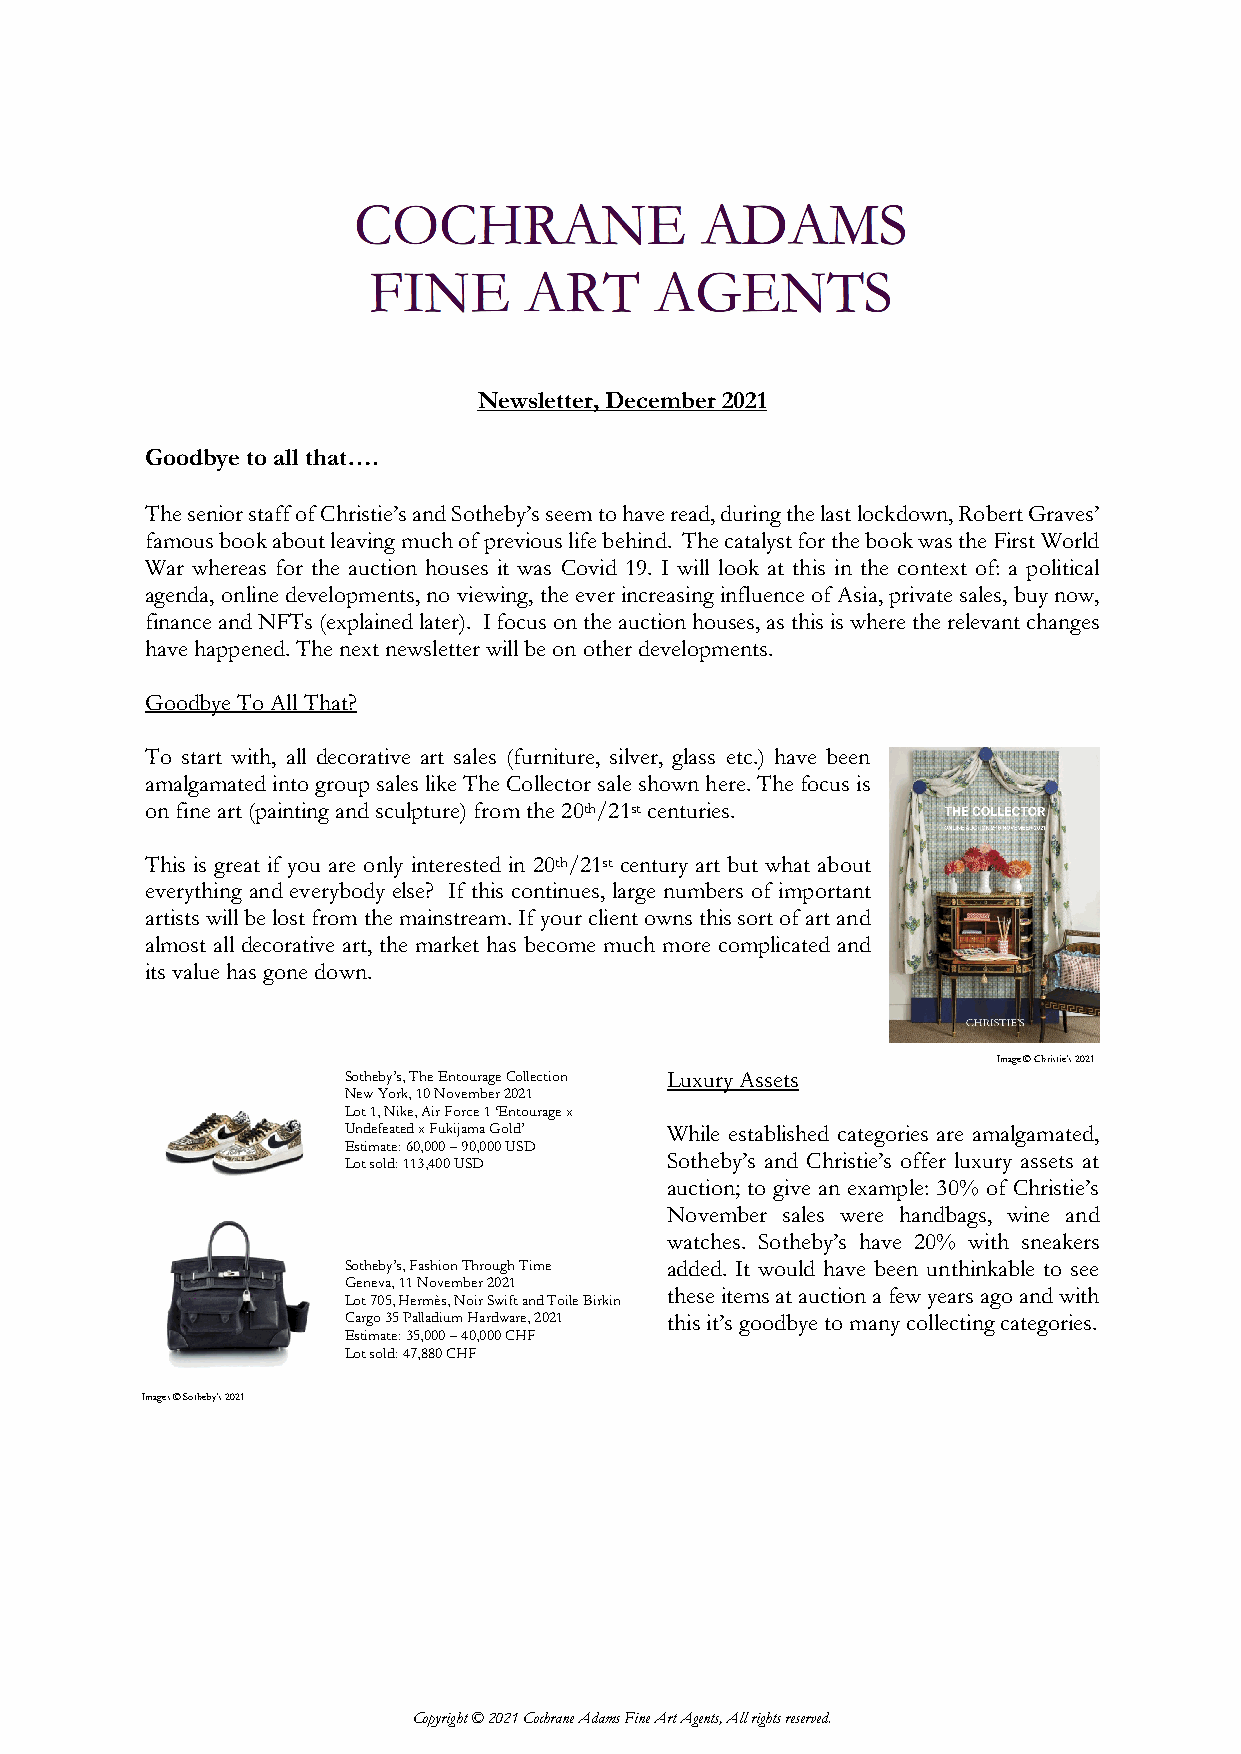
Newsletter, December 2021
 Goodbye to all that….
 The senior staff of Christie’s and Sotheby’s seem to have read, during the last lockdown, Robert Graves’
 famous book about leaving much of previous life behind. The catalyst for the book was the First World
 War whereas for the auction houses it was Covid 19. I will look at this in the context of: a political
 agenda, online developments, no viewing, the ever increasing influence of Asia, private sales, buy now,
 finance and NFTs (explained later). I focus on the auction houses, as this is where the relevant changes
 have happened. The next newsletter will be on other developments.
 Goodbye To All That?
 To start with, all decorative art sales (furniture, silver, glass etc.) have been
 amalgamated into group sales like The Collector sale shown here. The focus is
 on fine art (painting and sculpture) from the 20th/21st centuries.
 This is great if you are only interested in 20th/21st century art but what about
 everything and everybody else? If this continues, large numbers of important
 artists will be lost from the mainstream. If your client owns this sort of art and
 almost all decorative art, the market has become much more complicated and
 its value has gone down.
 Image © Christie’s 2021
 Sotheby’s, The Entourage Collection Luxury Assets
 New York, 10 November 2021
 Lot 1, Nike, Air Force 1 ‘Entourage x
 Undefeated x Fukijama Gold’ While established categories are amalgamated,
 Estimate: 60,000 – 90,000 USD
 Sotheby’s and Christie’s offer luxury assets at
 Lot sold: 113,400 USD
 auction; to give an example: 30% of Christie’s
 November sales were handbags, wine and
 watches. Sotheby’s have 20% with sneakers
 Sotheby’s, Fashion Through Time added. It would have been unthinkable to see
 Geneva, 11 November 2021
 these items at auction a few years ago and with
 Lot 705, Hermès, Noir Swift and Toile Birkin
 Cargo 35 Palladium Hardware, 2021 this it’s goodbye to many collecting categories.
 Estimate: 35,000 – 40,000 CHF
 Lot sold: 47,880 CHF
 Images © Sotheby’s 2021
 Copyright © 2021 Cochrane Adams Fine Art Agents, All rights reserved.